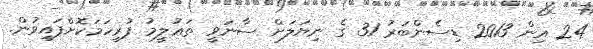
24 އިން 2013 ޑިސެންބަރު 31 ގެ ނިޔަލަށް ސާނަވީ ތަޢުލީމު ފުރިހަމަކޮށްފައިވުން.